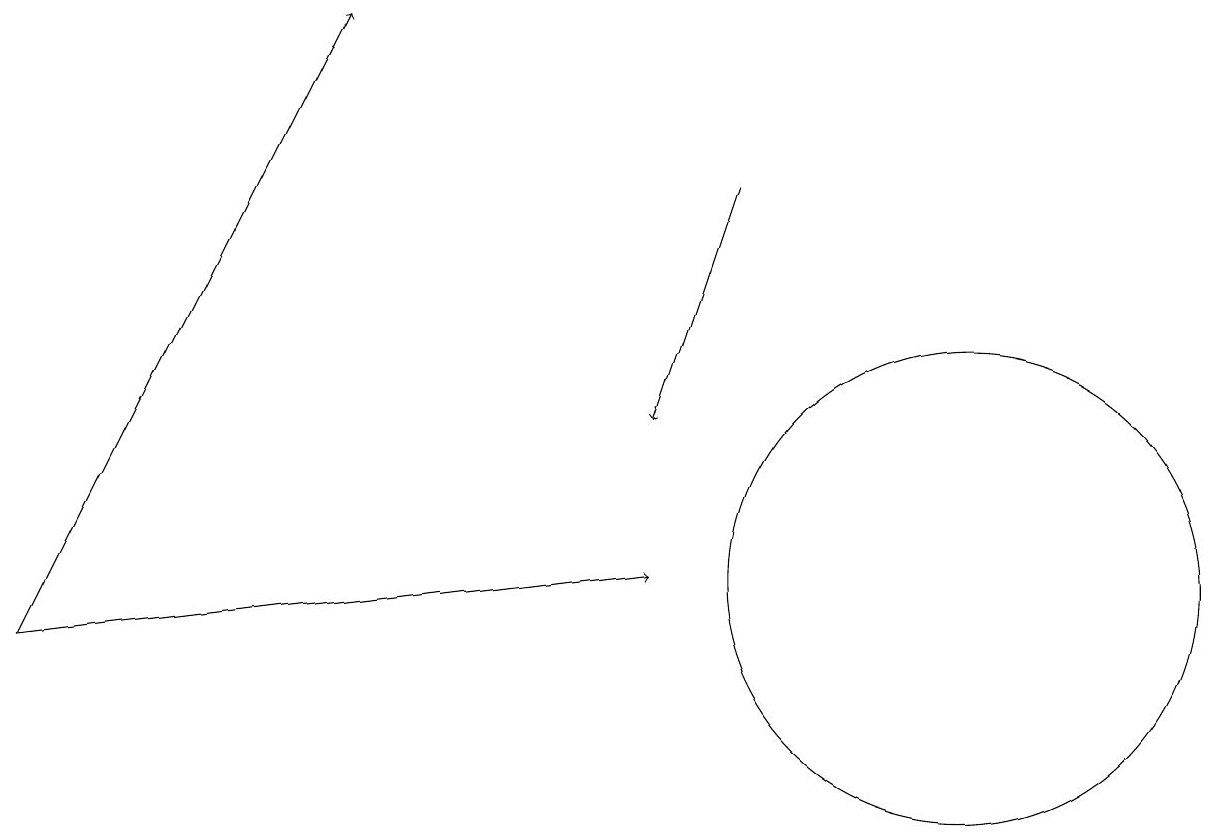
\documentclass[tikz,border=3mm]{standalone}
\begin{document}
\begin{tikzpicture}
\draw[->] (0,10) -- (4,18);
\draw[->] (9,16) -- (8,13);
\draw[->] (0,10) -- (8,11);
\draw (12,11) circle (3);
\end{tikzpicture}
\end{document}